Source: Handwritten
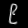
Digit: ၉ (9)